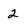
Character: 2